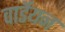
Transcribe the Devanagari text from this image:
वार्डेयन